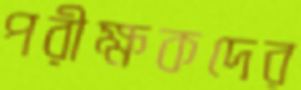
পরীক্ষকদের